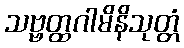
သဗ္ဗတ္ထဂါမိနိသုတ္တံ